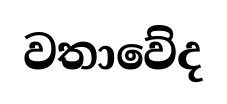
වතාවේද